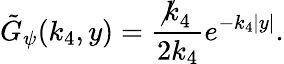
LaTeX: \tilde{G}_{\psi}(k_{4},y)=\frac{\not k_{4}}{2k_{4}}e^{-k_{4}|y|}.